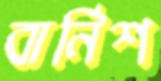
বার্নিশ